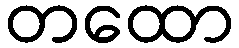
တထော